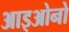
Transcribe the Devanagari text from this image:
आइओनो